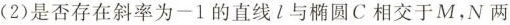
(2)是否存在斜率为-1的直线l与椭圆C相交于M，N两